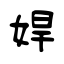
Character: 娨